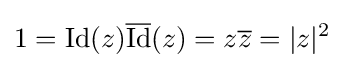
1={\text{Id}}(z){\overline {\operatorname {Id} }}(z)=z{\overline {z}}=|z|^{2}